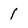
Character: 1